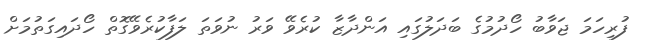
ފުރިހަމަ ޖަވާބު ހޯދުމުގެ ބަދަލުގައި އަންދާޒާ ކުރެވޭ ވަރު ނުވަތަ ލަފާކުރެވޭގޮތް ހޯދައިގަތުމަށް